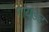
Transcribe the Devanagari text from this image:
गायडेट